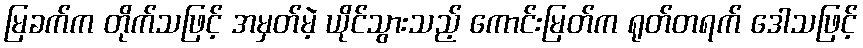
မြခက်က တိုက်သဖြင့် အမှတ်မဲ့ ယိုင်သွားသည့် ကောင်းမြတ်က ရုတ်တရက် ဒေါသဖြင့်